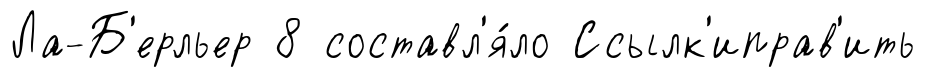
Ла-Б'ерльер 8 составл'я́ло Ссылк'иправ'ить